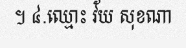
។ ៤.ឈ្មោះ វ័យ សុខណា